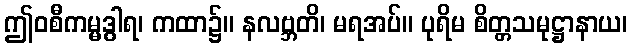
ဤဝစီကမ္မဒွါရ၊ ကထာ၌။ နလဗ္ဘတိ၊ မရအပ်။ ပုရိမ စိတ္တသမုဋ္ဌာနာယ၊